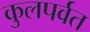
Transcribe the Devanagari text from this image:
कुलपर्वत